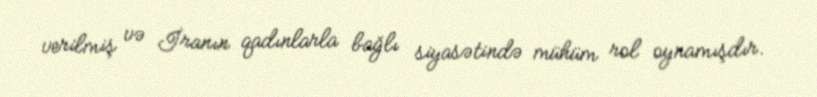
verilmiş və İranın qadınlarla bağlı siyasətində mühüm rol oynamışdır.